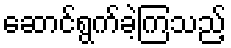
ဆောင်ရွက်ခဲ့ကြသည့်